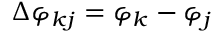
\Delta \varphi _ { k j } = \varphi _ { k } - \varphi _ { j }